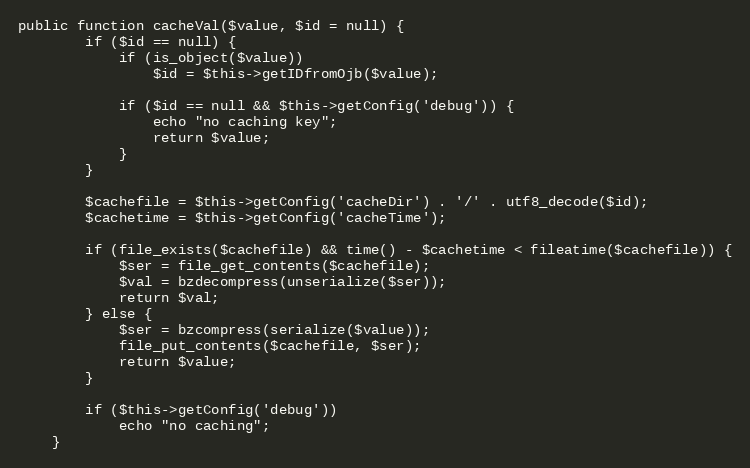
Language: PHP
public function cacheVal($value, $id = null) {
        if ($id == null) {
            if (is_object($value))
                $id = $this->getIDfromOjb($value);

            if ($id == null && $this->getConfig('debug')) {
                echo "no caching key";
                return $value;
            }
        }

        $cachefile = $this->getConfig('cacheDir') . '/' . utf8_decode($id);
        $cachetime = $this->getConfig('cacheTime');

        if (file_exists($cachefile) && time() - $cachetime < fileatime($cachefile)) {
            $ser = file_get_contents($cachefile);
            $val = bzdecompress(unserialize($ser));
            return $val;
        } else {
            $ser = bzcompress(serialize($value));
            file_put_contents($cachefile, $ser);
            return $value;
        }

        if ($this->getConfig('debug'))
            echo "no caching";
    }